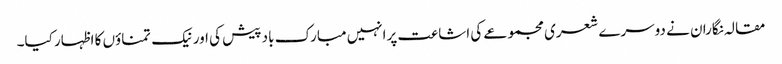
مقالہ نگاران نے دوسرے شعری مجموعے کی اشاعت پرانہیں مبارک باد پیش کی اور نیک تمناؤں کا اظہار کیا۔